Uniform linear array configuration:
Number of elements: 48
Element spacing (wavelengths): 0.5
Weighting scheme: binomial
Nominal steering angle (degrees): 15
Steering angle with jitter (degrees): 16.645
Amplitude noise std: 0.05
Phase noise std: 0.05

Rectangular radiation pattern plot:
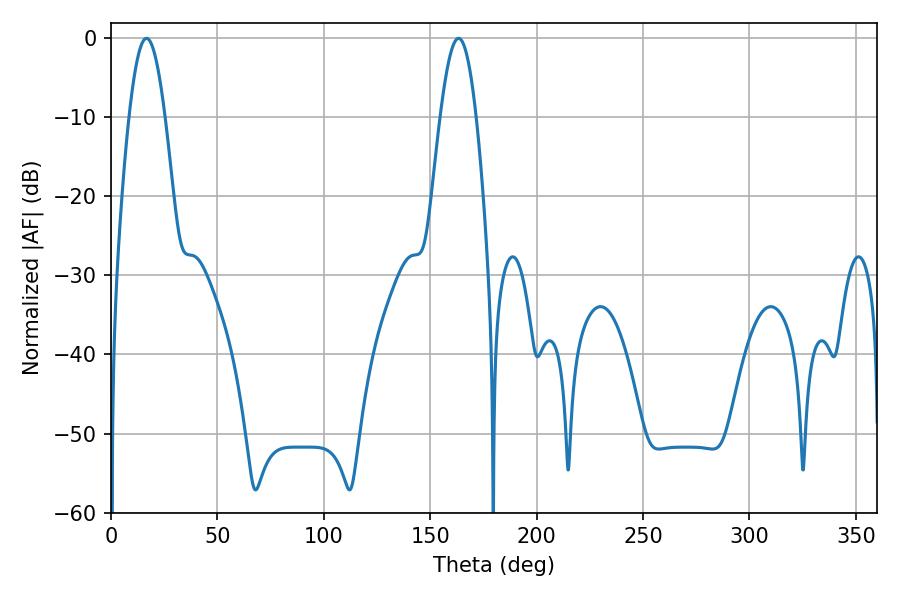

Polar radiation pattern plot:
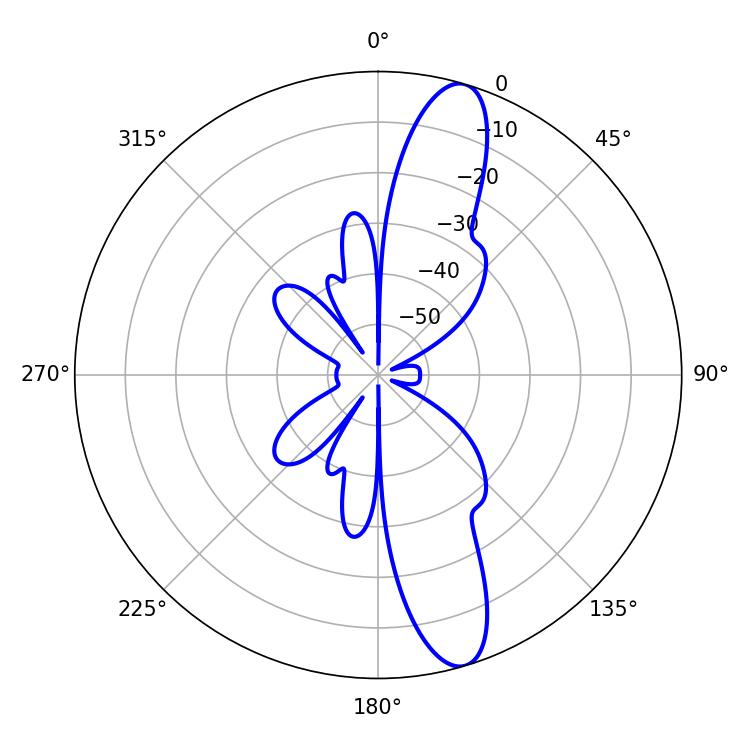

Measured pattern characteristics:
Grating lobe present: FALSE
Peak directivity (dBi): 12.988
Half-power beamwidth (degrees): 9
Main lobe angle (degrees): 16.74